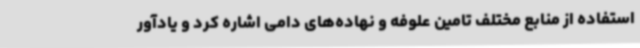
استفاده از منابع مختلف تامین علوفه و نهاده‌های دامی اشاره کرد و یادآور